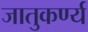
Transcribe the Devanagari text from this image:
जातुकर्ण्य